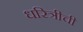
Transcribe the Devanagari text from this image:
धरित्रीची